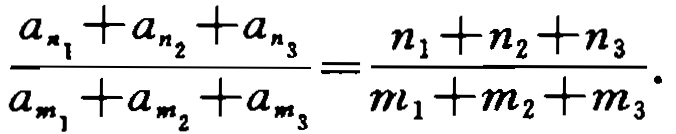
\frac{a_{n_1}+a_{n_2}+a_{n_3}}{a_{m_1}+a_{m_2}+a_{m_3}}=\frac{n_1 + n_2 + n_3}{m_1 + m_2 + m_3}.